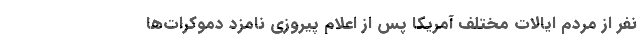
نفر از مردم ایالات مختلف آمریکا پس از اعلام پیروزی نامزد دموکرات‌ها